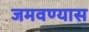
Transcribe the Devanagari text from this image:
जमवण्यास